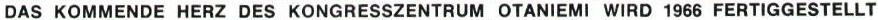
DAS KOMMENDE HERZ DES KONGRESSZENTRUM OTANIEMI WIRD 1966 FERTIGGESTELLT